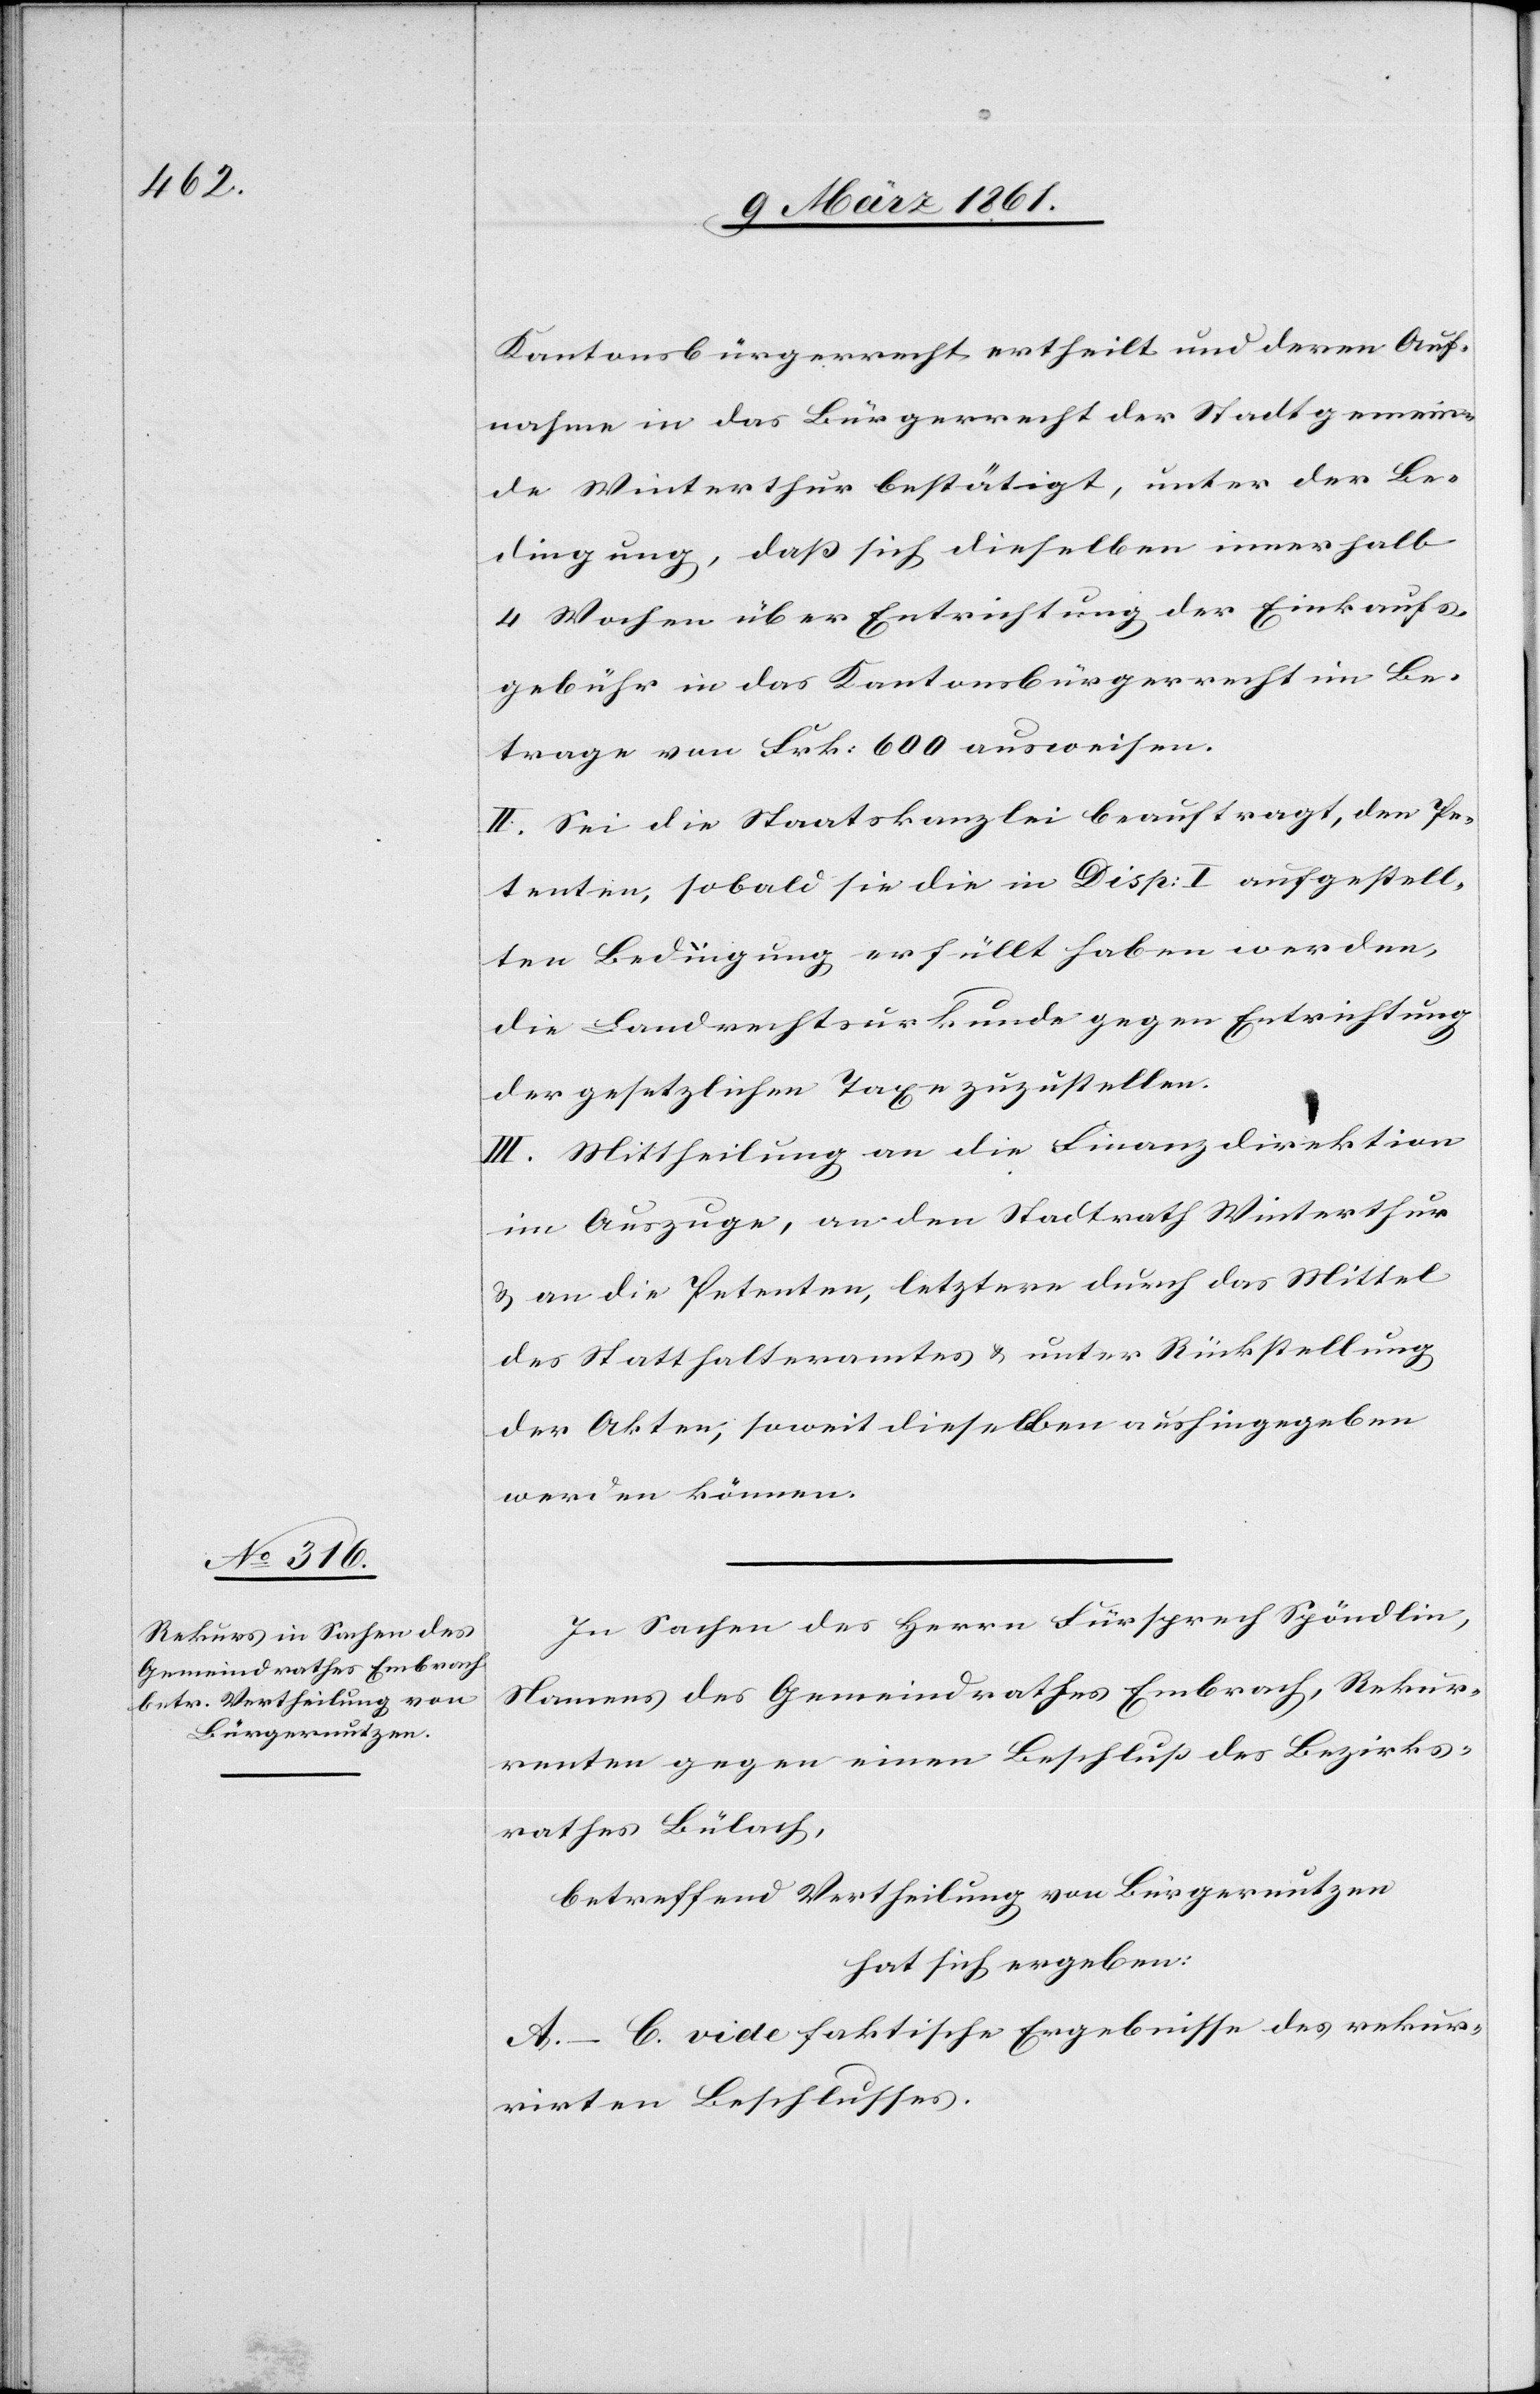
Kantonsbürgerrecht ertheilt und deren Auf¬
nahme in das Bürgerrecht der Stadtgemein¬
de Winterthur bestätigt, unter der Be¬
dingung, dass sich dieselben innerhalb
4 Wochen über Entrichtung der Einkaufs¬
gebühr in das Kantonsbürgerrecht im Be¬
trage von Frk: 600 ausweisen.
II. Sei die Staatskanzlei beauftragt, den Pe¬
tenten, sobald sie die in Disp: I aufgestell¬
ten Bedingung[en] erfüllt haben werden,
die Landrechtsurkunde gegen Entrichtung
der gesetzlichen Taxe zuzustellen.
III. Mittheilung an die Finanzdirektion
im Auszuge, an den Stadtrath Winterthur
u. an die Petenten, letztere durch das Mittel
des Statthalteramtes u. unter Rückstellung
der Akten, soweit dieselben aushingegeben
werden können.
In Sachen des Herrn Fürsprech Spöndlin,
Namens des Gemeindrathes Embrach, Rekur¬
renten gegen einen Beschluss des Bezirks¬
rathes Bülach,
betreffend Vertheilung von Bürgernutzen
hat sich ergeben:
A.–C. vide faktische Ergebnisse des rekur¬
rirten Beschlusses.